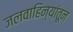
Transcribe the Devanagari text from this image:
जलवाहिन्यांतून